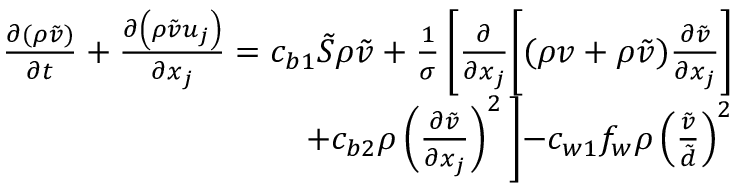
\begin{array} { r } { \frac { \partial ( \rho \tilde { v } ) } { \partial t } + \frac { \partial \left( \rho \tilde { v } u _ { j } \right) } { \partial x _ { j } } = c _ { b 1 } \tilde { S } \rho \tilde { v } + \frac { 1 } { \sigma } \left[ \frac { \partial } { \partial x _ { j } } \biggl [ ( \rho v + \rho \tilde { v } ) \frac { \partial \tilde { v } } { \partial x _ { j } } \right] } \\ { + c _ { b 2 } \rho \left( \frac { \partial \tilde { v } } { \partial x _ { j } } \right) ^ { 2 } \biggl ] - c _ { w 1 } f _ { w } \rho \left( \frac { \tilde { v } } { \tilde { d } } \right) ^ { 2 } } \end{array}